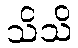
သိသိ